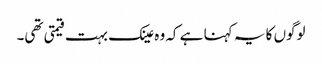
لوگوں کا یہ کہنا ہے کہ وہ عینک بہت قیمتی تھی۔